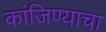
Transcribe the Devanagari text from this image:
कांजिण्याचा